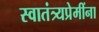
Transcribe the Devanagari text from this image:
स्वातंत्र्यप्रेमींना